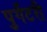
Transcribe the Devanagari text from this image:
पुर्गेटरी